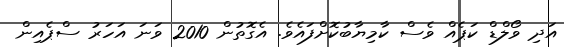
އަދި ވޯލްޑް ކަޕެއް ވެސް ކާމިޔާބުކޮށްފައެވެ. އެގޮތުން 2010 ވަނަ އަހަރު ސްޕެއިން